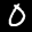
Label: 0